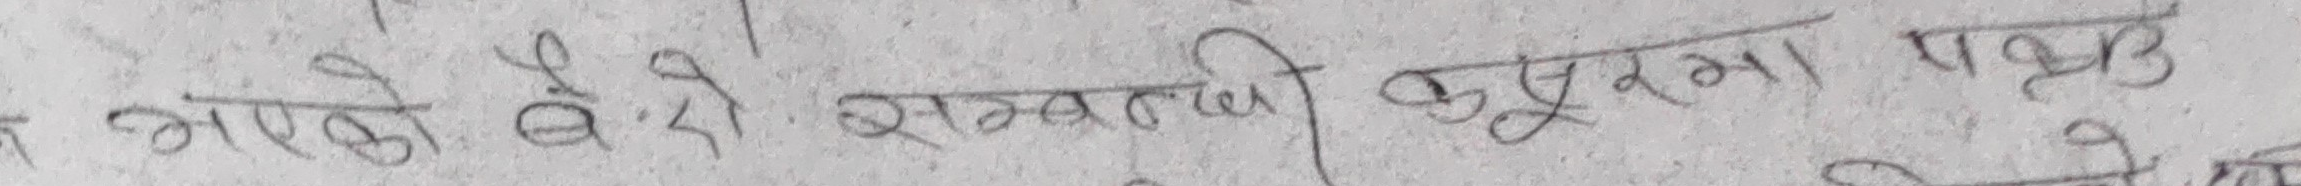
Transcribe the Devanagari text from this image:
भरएको हो सम्बन्धी कुरामा पशु